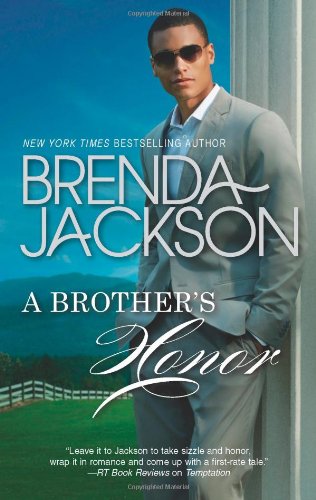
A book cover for A Brother's Honor (The Grangers); Brenda Jackson; Romance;